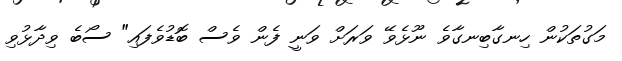
މަގުތަކުން ހިނގާބިނގާވެ ނޫޅެވޭ ވަރަށް ވަނީ ފެން ވެސް ބޮޑުވެފައި" ސޯބެ ވިދާޅުވި